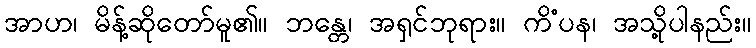
အာဟ၊ မိန့်ဆိုတော်မူ၏။ ဘန္တေ၊ အရှင်ဘုရား။ ကိံပန၊ အသို့ပါနည်း။